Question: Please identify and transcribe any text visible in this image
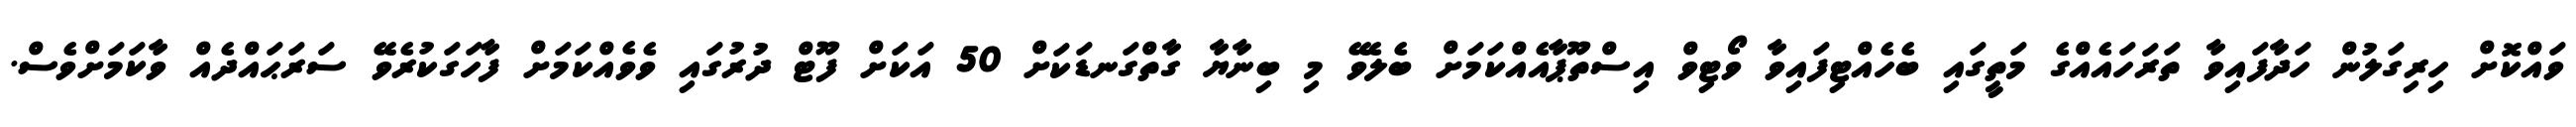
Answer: ވައްކޮށް ހިރިގަލުން ހަދާފައިވާ ތަރަހައެއްގެ މަތީގައި ބެހެއްޓިފައިވާ ވޯޓިވް އިސްތޫޕާއެއްކަމަށް ބެލެވޭ މި ބިނާޔާ ގާތްގަނޑަކަށް 50 އަކަށް ފޫޓް ދުރުގައި ވެވެއްކަމަށް ފާހަގަކުރެވޭ ސަރަޙައްދެއް ވާކަމަށްވެސް.